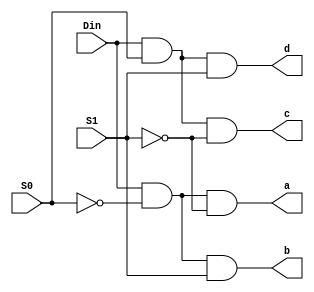
module demultiplexer1_4 (Din, S0, S1, a, b, c, d);
input Din, S0, S1;
output a, b, c, d;
assign a = Din & (~S0) & (~S1);
assign b = Din & (~S0) & S1;
assign c = Din & S0 & (~S1);
assign d = Din & S0 & S1;
endmodule